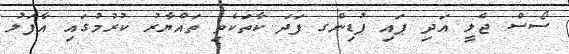
ސޯސް ޖެލީ އަދި ޕައި ޕުޑިންގ ފަދަ ކާތަކެތި ތައްޔާރު ކުރުމުގައި އާފަލު